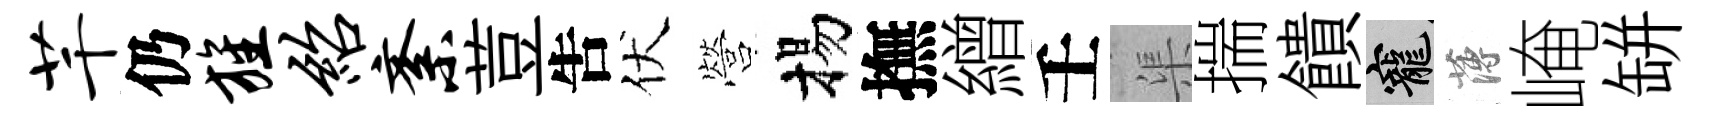
芊仍旌绍紊荳吿伏營揚撫繒壬渠揣饋寵薄崦缾